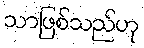
သာဖြစ်သည်ဟု